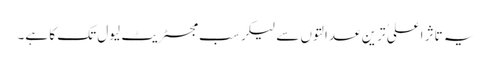
یہ تاثر اعلی ٰترین عدالتوں سے لیکر سب مجسٹریٹ لیول تک کا ہے۔